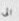
الى